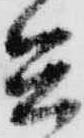
兵